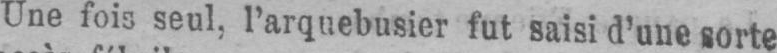
Une fois seul, l’arquebusier fut saisi d’une sorte